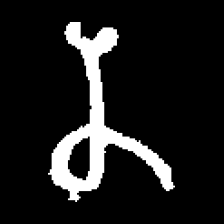
Pyu character \u2014 Myanmar letter: န (romanized: na)